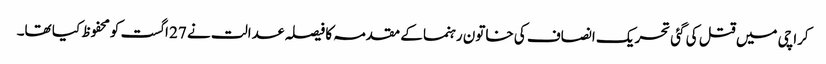
کراچی میں قتل کی گئی تحریک انصاف کی خاتون رہنما کے مقدمہ کا فیصلہ عدالت نے 27 اگست کومحفوظ کیا تھا۔